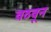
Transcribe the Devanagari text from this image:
वठवून